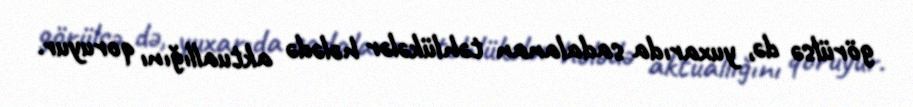
görülsə də, yuxarıda sadalanan təhlükələr hələdə aktuallığını qoruyur.